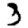
Digit: 3